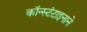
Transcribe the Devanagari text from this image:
कॉन्स्टंटाइनाने